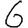
Digit: 6